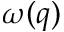
\omega ( q )